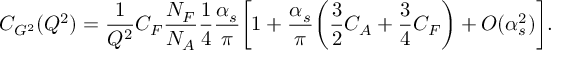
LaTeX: C _ { G ^ { 2 } } ( Q ^ { 2 } ) = \frac { 1 } { Q ^ { 2 } } C _ { F } \frac { N _ { F } } { N _ { A } } \frac { 1 } { 4 } \frac { \alpha _ { s } } { \pi } \biggl [ 1 + \frac { \alpha _ { s } } { \pi } \biggl ( \frac { 3 } { 2 } C _ { A } + \frac { 3 } { 4 } C _ { F } \biggr ) + O ( \alpha _ { s } ^ { 2 } ) \biggr ] .